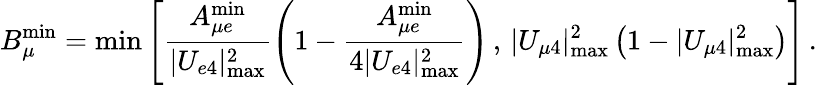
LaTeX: B_{\mu}^{\mathrm{min}}=\operatorname*{min}\left[\frac{A_{{\mu}e}^{\mathrm{min}}}{|U_{e4}|_{\mathrm{max}}^{2}}\left(1-\frac{A_{{\mu}e}^{\mathrm{min}}}{4|U_{e4}|_{\mathrm{max}}^{2}}\right)\, ,\, |U_{\mu 4}|_{\mathrm{max}}^{2}\left(1-|U_{\mu 4}|_{\mathrm{max}}^{2}\right)\right]\, .